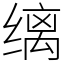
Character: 缡